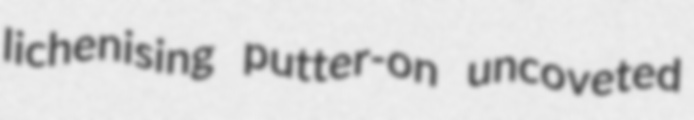
lichenising putter-on uncoveted